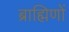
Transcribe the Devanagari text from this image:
ब्राह्मिणों